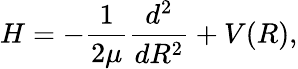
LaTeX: H=-\frac{1}{2\mu}\frac{d^{2}}{dR^{2}}+V(R),